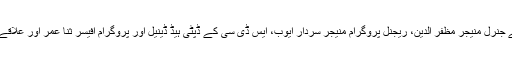
اس موقع پر اے کے آیس پی کے جنرل منیجر مظفر الدین، ریجنل پروگرام منیجر سردار ایوب، ایس ڈی سی کے ڈپٹی ہیڈ ڈینیل اور پروگرام افیسر ثنا عمر اور علاقے کے معززین بھی موجود تھے۔